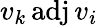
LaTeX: v_{k}\operatorname{adj}v_{i}